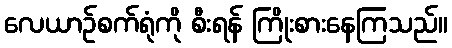
လေယာဉ်စက်ရုံကို စီးရန် ကြိုးစားနေကြသည်။